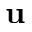
\mathbf { u }